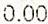
0.00